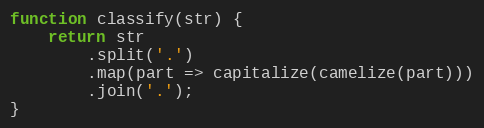
Language: JavaScript
function classify(str) {
    return str
        .split('.')
        .map(part => capitalize(camelize(part)))
        .join('.');
}